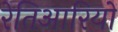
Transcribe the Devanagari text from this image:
रेतिआरियों